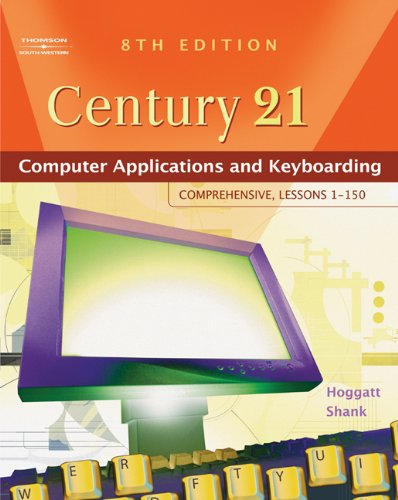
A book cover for Century 21(TM) Computer Applications and Keyboarding: Comprehensive, Lessons 1-150 (Available Titles CengageNOW); Jack P. Hoggatt; Children's Books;